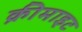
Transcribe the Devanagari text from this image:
क्रीमाइट